65_HS1-834228961_62-HQ-83894_Section_3
Agency: FBI
Page 47
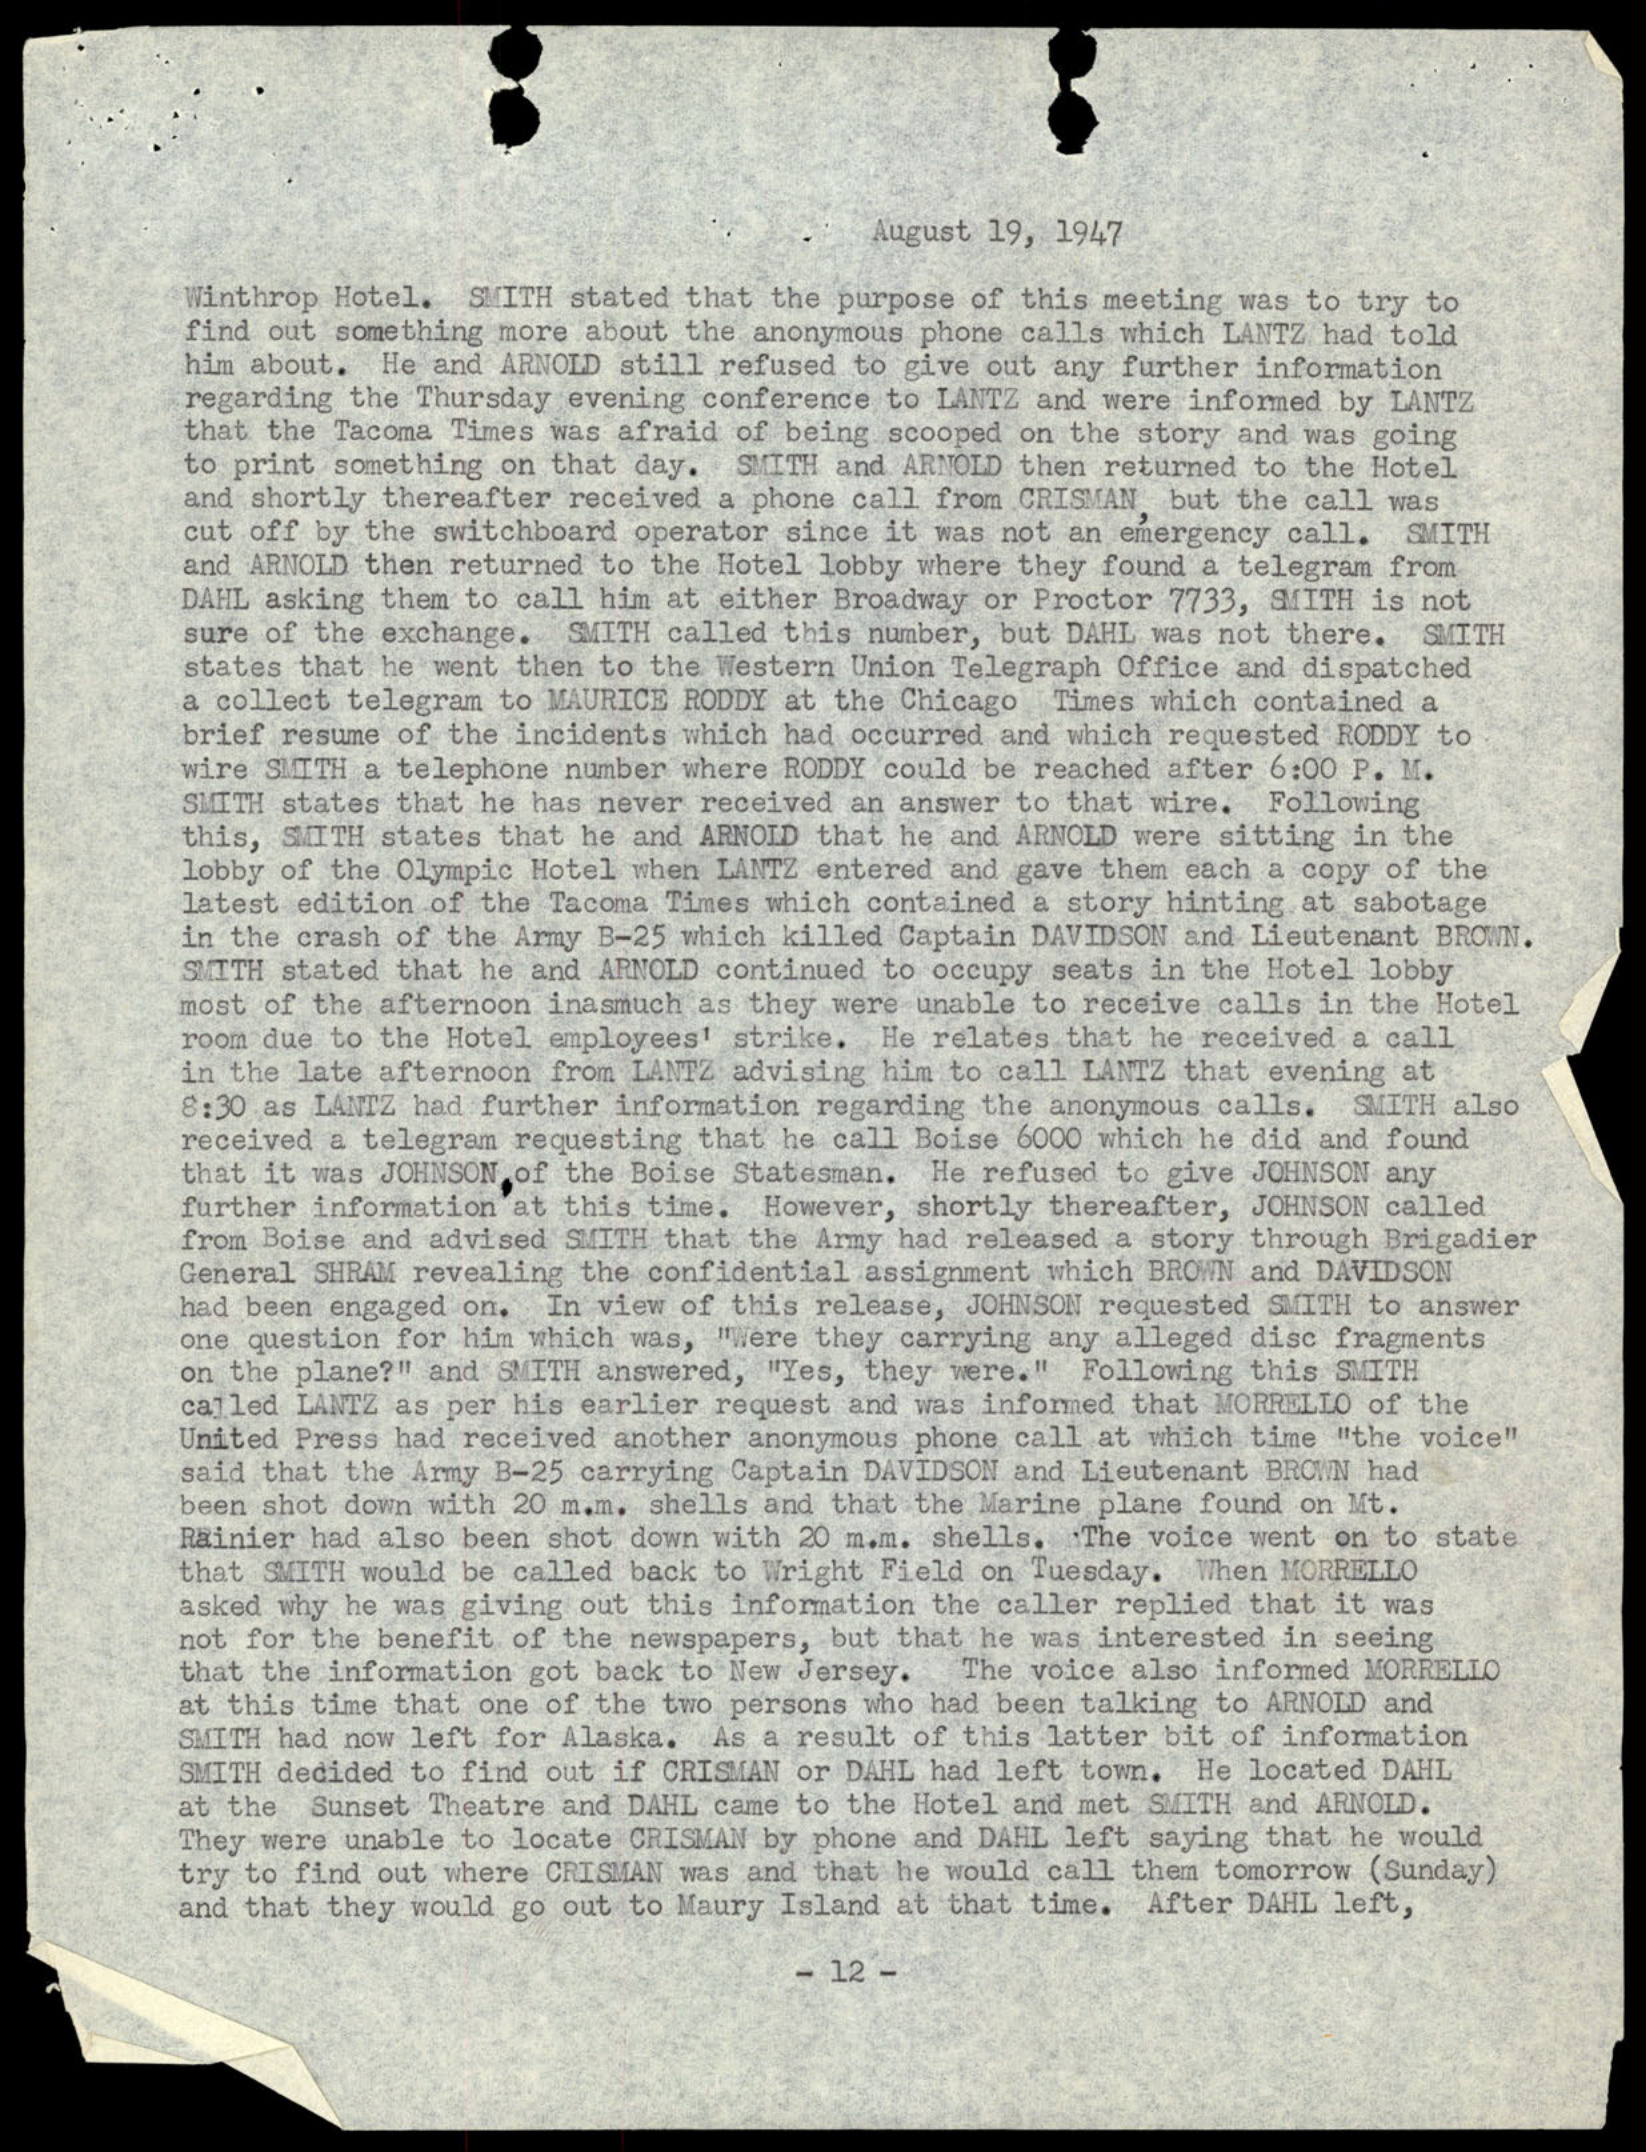